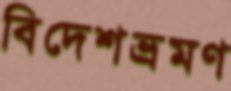
বিদেশভ্রমণ